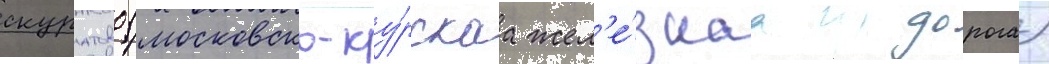
скуратово (московско-ку́рскаа жел'е́знаа дорога)